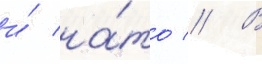
и́ на́то // В